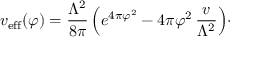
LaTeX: v _ { \mathrm { e f f } } ( \varphi ) = { \frac { \Lambda ^ { 2 } } { 8 \pi } } \, \Bigl ( e ^ { 4 \pi \varphi ^ { 2 } } - 4 \pi \varphi ^ { 2 } \, { \frac { v } { \Lambda ^ { 2 } } } \Bigr ) \cdotp